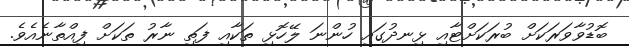
ބޮޑުވާވަރަކަށް ބުރަކަށްޓާއި ޅިނދުގައި ހުންނަ ލޭހޮޅި ތަކާއި ފަތި ނާރު ތަކަށް ފިއްތާނެއެވެ.